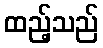
ထည့်သည်